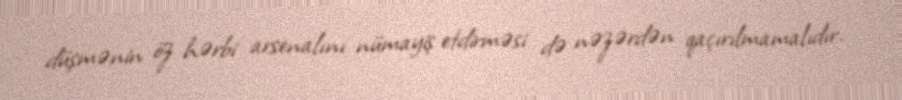
düşmənin öz hərbi arsenalını nümayiş etdirməsi də nəzərdən qaçırılmamalıdır.